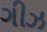
ગીઝ